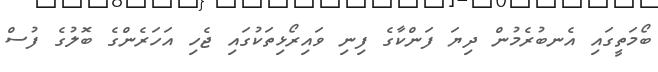
ބޯމަތީގައި އެނބުރެމުން ދިޔަ ފަންކާގެ ފިނި ވައިރޯޅިތަކުގައި ޖެހި އަހަރެންގެ ބޮލުގެ ފުސް